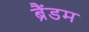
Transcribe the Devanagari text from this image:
ब्रैंडम